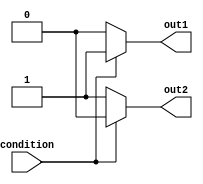
module if_else_statement (
    input wire condition,
    output reg out1,
    output reg out2
);

always @(*) begin
    if (condition) begin
        out1 = 1;
        out2 = 0;
    end
    else begin
        out1 = 0;
        out2 = 1;
    end
end

endmodule